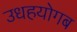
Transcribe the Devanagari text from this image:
उधहयोगब